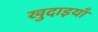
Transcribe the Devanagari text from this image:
खुदाइयाँ